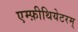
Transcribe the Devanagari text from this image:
एम्फ़ीथियेटरम्